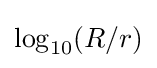
\log _{10}(R/r)